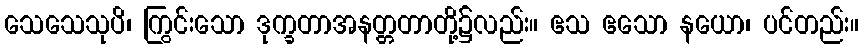
သေသေသုပိ၊ ကြွင်းသော ဒုက္ခတာအနတ္တတာတို့၌လည်း။ ဧသ ဧသော နယော၊ ပင်တည်း။